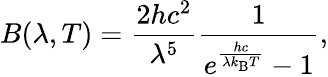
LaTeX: B(\lambda,T)={\frac{2hc^{2}}{\lambda^{5}}}{\frac{1}{e^{\frac{hc}{\lambda k_{\mathrm{B}}T}}-1}},